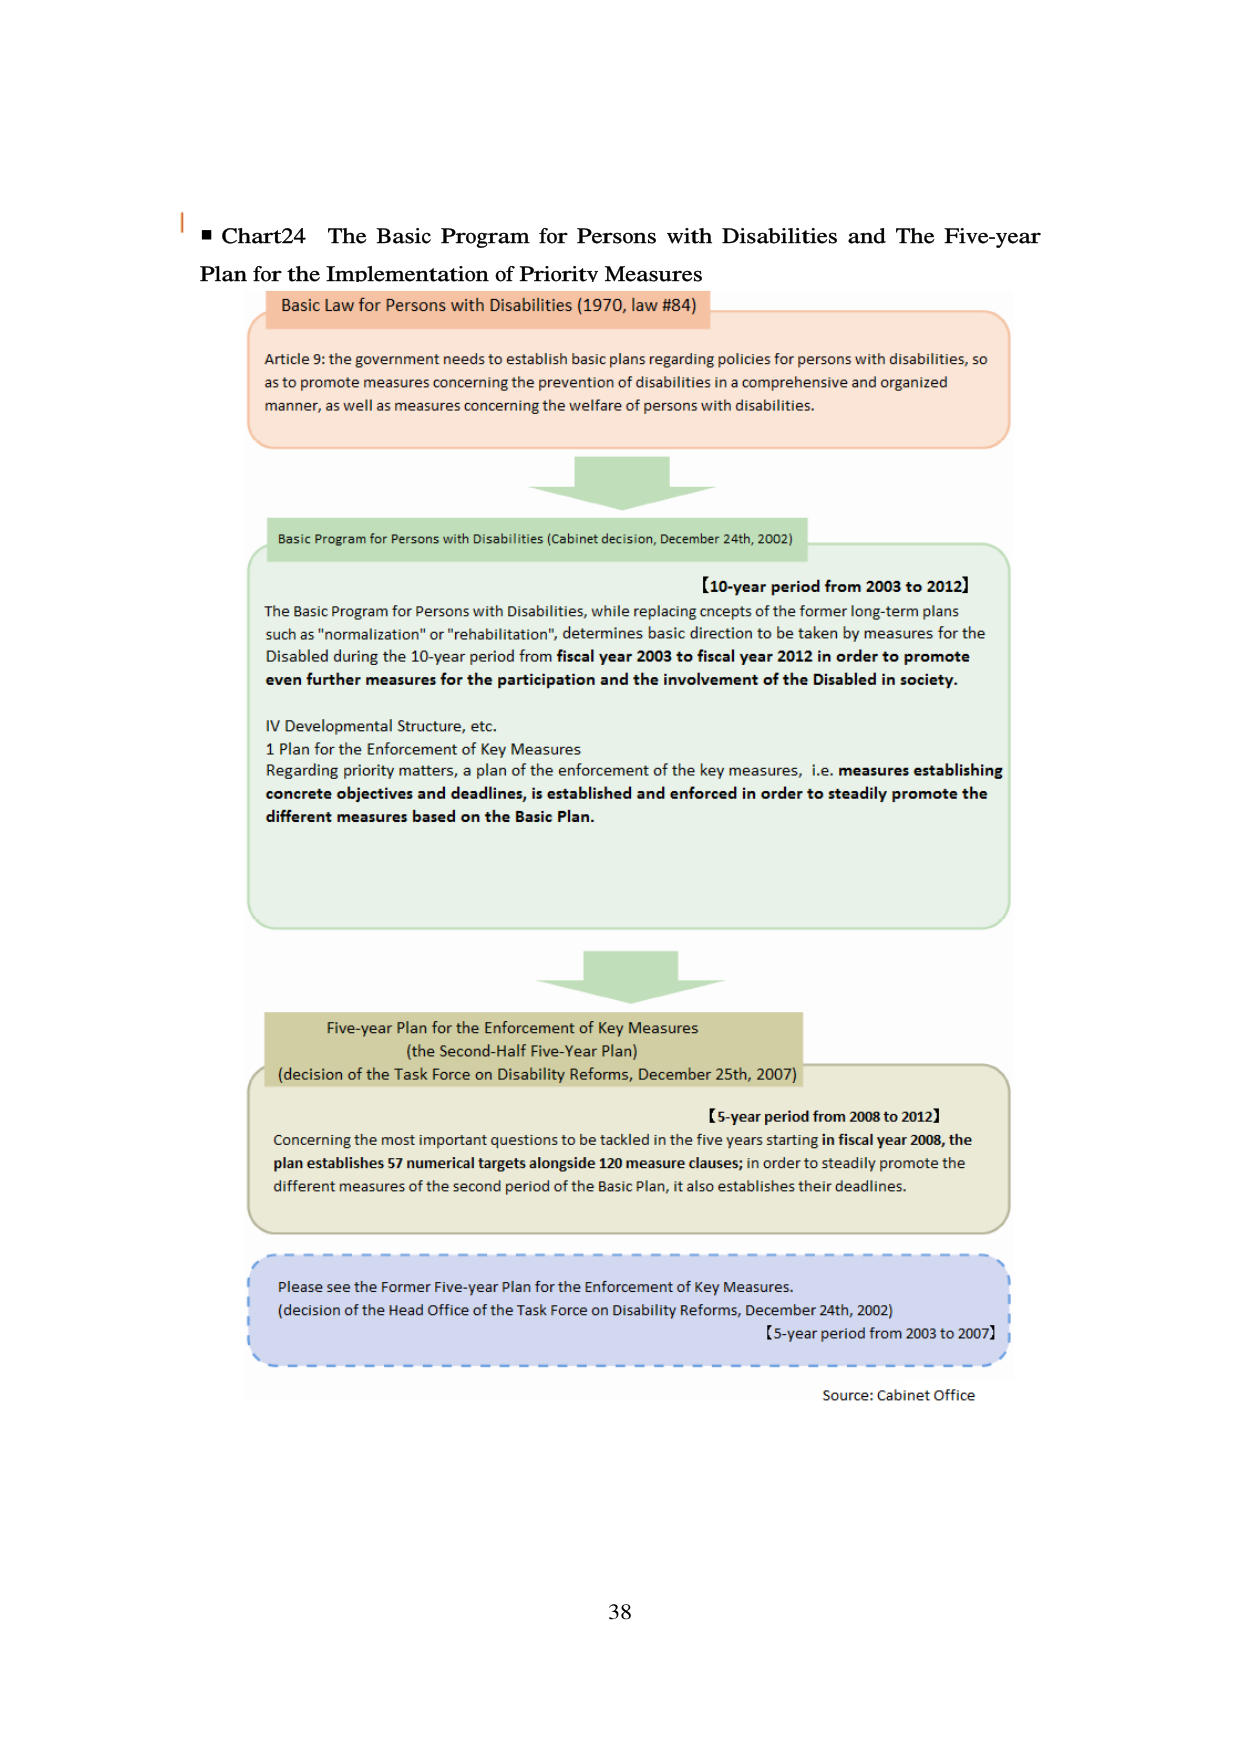
■ Chart24 The Basic Program for Persons with Disabilities and The Five-year Plan for the Implementation of Priority Measures

Basic Law for Persons with Disabilities (1970, law #84)

Article 9: the government needs to establish basic plans regarding policies for persons with disabilities, so as to promote measures concerning the prevention of disabilities in a comprehensive and organized manner, as well as measures concerning the welfare of persons with disabilities.

Basic Program for Persons with Disabilities (Cabinet decision, December 24th, 2002)

【10-year period from 2003 to 2012】

The Basic Program for Persons with Disabilities, while replacing concepts of the former long-term plans such as "normalization" or "rehabilitation", determines basic direction to be taken by measures for the Disabled during the 10-year period from fiscal year 2003 to fiscal year 2012 in order to promote even further measures for the participation and the involvement of the Disabled in society.

IV Developmental Structure, etc.
1 Plan for the Enforcement of Key Measures
Regarding priority matters, a plan of the enforcement of the key measures, i.e. measures establishing concrete objectives and deadlines, is established and enforced in order to steadily promote the different measures based on the Basic Plan.

Five-year Plan for the Enforcement of Key Measures
(the Second-Half Five-Year Plan)
(decision of the Task Force on Disability Reforms, December 25th, 2007)

【5-year period from 2008 to 2012】

Concerning the most important questions to be tackled in the five years starting in fiscal year 2008, the plan establishes 57 numerical targets alongside 120 measure clauses; in order to steadily promote the different measures of the second period of the Basic Plan, it also establishes their deadlines.

Please see the Former Five-year Plan for the Enforcement of Key Measures.
(decision of the Head Office of the Task Force on Disability Reforms, December 24th, 2002)
【5-year period from 2003 to 2007】

Source: Cabinet Office

38